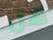
هل